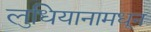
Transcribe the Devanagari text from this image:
लुधियानामधून